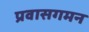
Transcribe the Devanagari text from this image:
प्रवासगमन